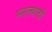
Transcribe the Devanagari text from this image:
भरल्याची